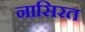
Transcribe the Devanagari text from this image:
नासिरत